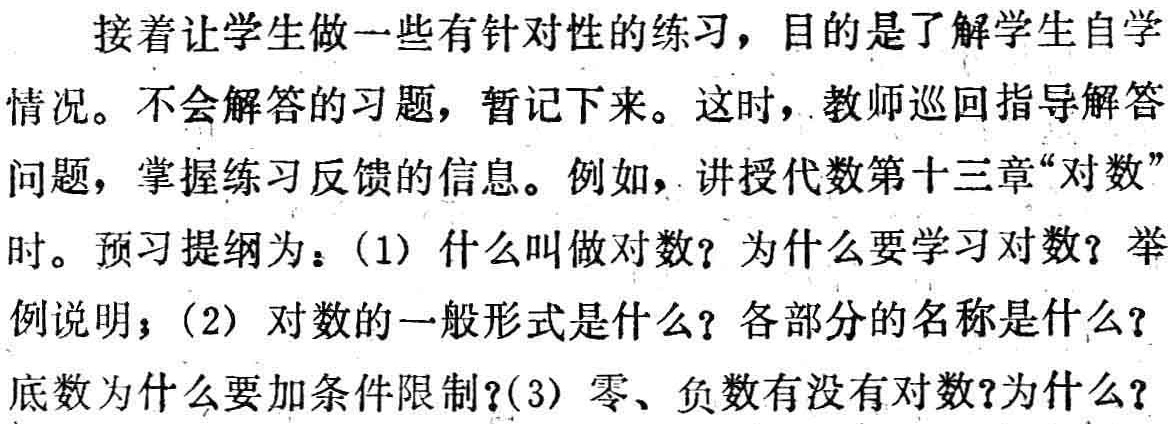
接着让学生做一些有针对性的练习，目的是了解学生自学情况。不会解答的习题，暂记下来。这时，教师巡回指导解答问题，掌握练习反馈的信息。例如，讲授代数第十三章“对数”时。预习提纲为：(1) 什么叫做对数？为什么要学习对数？举例说明；(2) 对数的一般形式是什么？各部分的名称是什么？底数为什么要加条件限制？(3) 零、负数有没有对数？为什么？